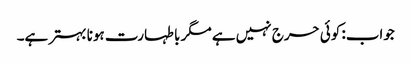
جواب: کوئی حرج نہیں ہے مگر با طہارت ہونا بہتر ہے۔